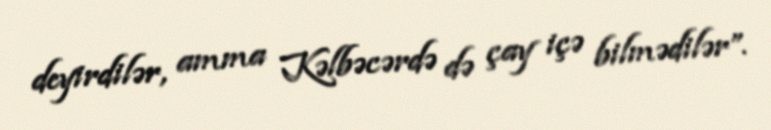
deyirdilər, amma Kəlbəcərdə də çay içə bilmədilər”.